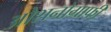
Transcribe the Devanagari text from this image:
ओशनोग्राफी